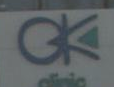
CK